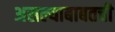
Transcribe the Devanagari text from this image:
असल्याबाबतची